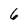
Character: 6